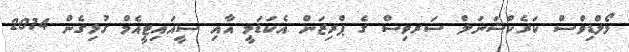
މޯލްޑިވްސް ކަރެކްޝަނަލް ސަރވިސް ގެ ޕްރިޒަން އެކަޑަމީ އާއި ސީއައިޓީއެމް ގުޅިގެން 2014